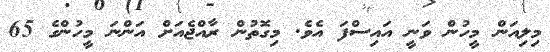
މިލިއަން މީހުން ވަނީ އައިސްފަ އެވެ. މިގޮތުން ރާއްޖެއަށް އަންނަ މީހުންގެ 65